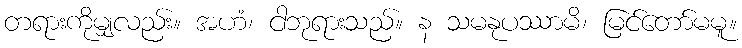
တရားကိုမျှလည်း။ အဟံ၊ ငါဘုရားသည်။ န သမနုပဿာမိ၊ မြင်တော်မမူ။